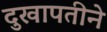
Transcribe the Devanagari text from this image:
दुखापतीने